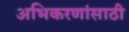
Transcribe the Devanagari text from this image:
अभिकरणांसाठी